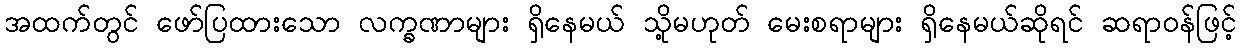
အထက်တွင် ဖော်ပြထားသော လက္ခဏာများ ရှိနေမယ် သို့မဟုတ် မေးစရာများ ရှိနေမယ်ဆိုရင် ဆရာဝန်ဖြင့်